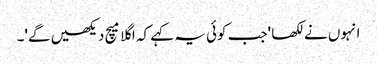
انہوں نے لکھا 'جب کوئی یہ کہے کہ اگلا میچ دیکھیں گے'۔